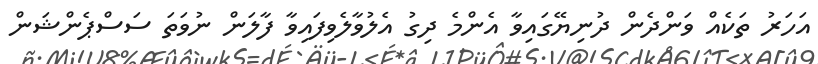
އަހަރު ތަކެއް ވަންދެން ދުނިޔޭގައިވާ އެންމެ ދިގު އެލުވާލެވިފައިވާ ފާލަން ނުވަތަ ސަސްޕެންޝަން